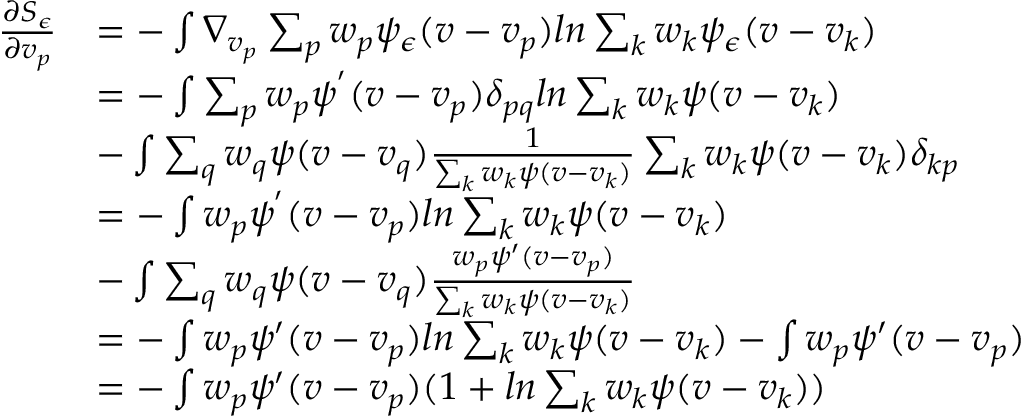
\begin{array} { r l r l } { \frac { \partial S _ { \epsilon } } { \partial v _ { p } } } & { = - \int \nabla _ { v _ { p } } \sum _ { p } w _ { p } \psi _ { \epsilon } ( v - v _ { p } ) l n \sum _ { k } w _ { k } \psi _ { \epsilon } ( v - v _ { k } ) } & & { } \\ & { = - \int \sum _ { p } w _ { p } \psi ^ { ' } ( v - v _ { p } ) \delta _ { p q } l n \sum _ { k } w _ { k } \psi ( v - v _ { k } ) } & & { } \\ & { - \int \sum _ { q } w _ { q } \psi ( v - v _ { q } ) \frac { 1 } { \sum _ { k } w _ { k } \psi ( v - v _ { k } ) } \sum _ { k } w _ { k } \psi ( v - v _ { k } ) \delta _ { k p } } & & { } \\ & { = - \int w _ { p } \psi ^ { ' } ( v - v _ { p } ) l n \sum _ { k } w _ { k } \psi ( v - v _ { k } ) } & & { } \\ & { - \int \sum _ { q } w _ { q } \psi ( v - v _ { q } ) \frac { w _ { p } \psi ^ { \prime } ( v - v _ { p } ) } { \sum _ { k } w _ { k } \psi ( v - v _ { k } ) } } & & { } \\ & { = - \int w _ { p } \psi ^ { \prime } ( v - v _ { p } ) l n \sum _ { k } w _ { k } \psi ( v - v _ { k } ) - \int w _ { p } \psi ^ { \prime } ( v - v _ { p } ) } & & { } \\ & { = - \int w _ { p } \psi ^ { \prime } ( v - v _ { p } ) ( 1 + l n \sum _ { k } w _ { k } \psi ( v - v _ { k } ) ) } \end{array}